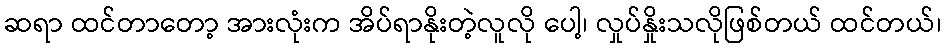
ဆရာ ထင်တာတော့ အားလုံးက အိပ်ရာနိုးတဲ့လူလို ပေါ့၊ လှုပ်နှိုးသလိုဖြစ်တယ် ထင်တယ်၊